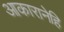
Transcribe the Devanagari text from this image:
आकारानेहि